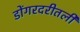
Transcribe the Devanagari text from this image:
डोंगरदरीतली